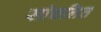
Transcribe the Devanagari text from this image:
सांचलित